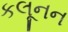
કલૂનન